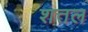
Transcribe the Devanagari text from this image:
शत्तल